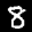
Label: 8